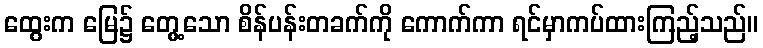
ထွေးက မြေ၌ တွေ့သော စိန်ပန်းတခက်ကို ကောက်ကာ ရင်မှာကပ်ထားကြည့်သည်။